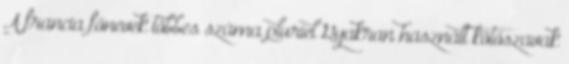
A francia főnevek többes száma pluriel Gyakran használt kötőszavak